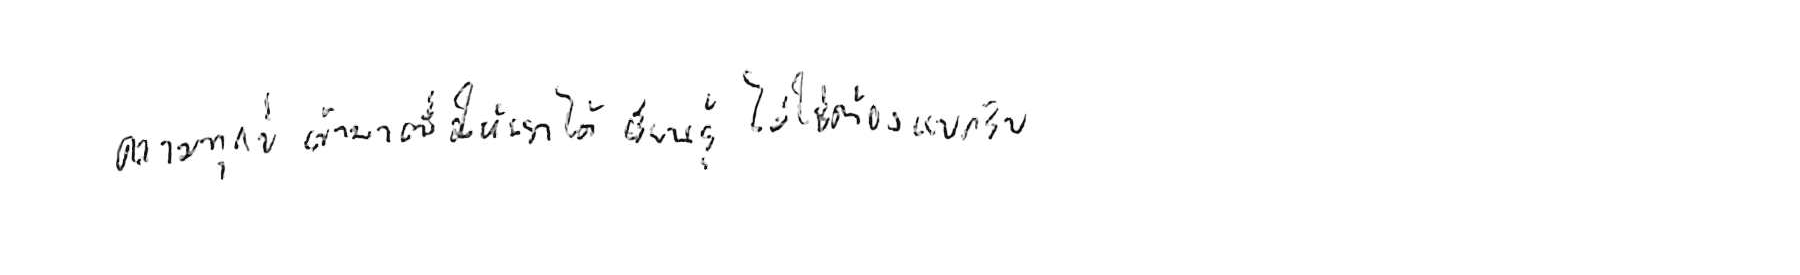
ความทุกข์ เข้ามาเพื่อให้เราได้ เรียนรู้ ไม่ใช่ต้อง แบกรับ